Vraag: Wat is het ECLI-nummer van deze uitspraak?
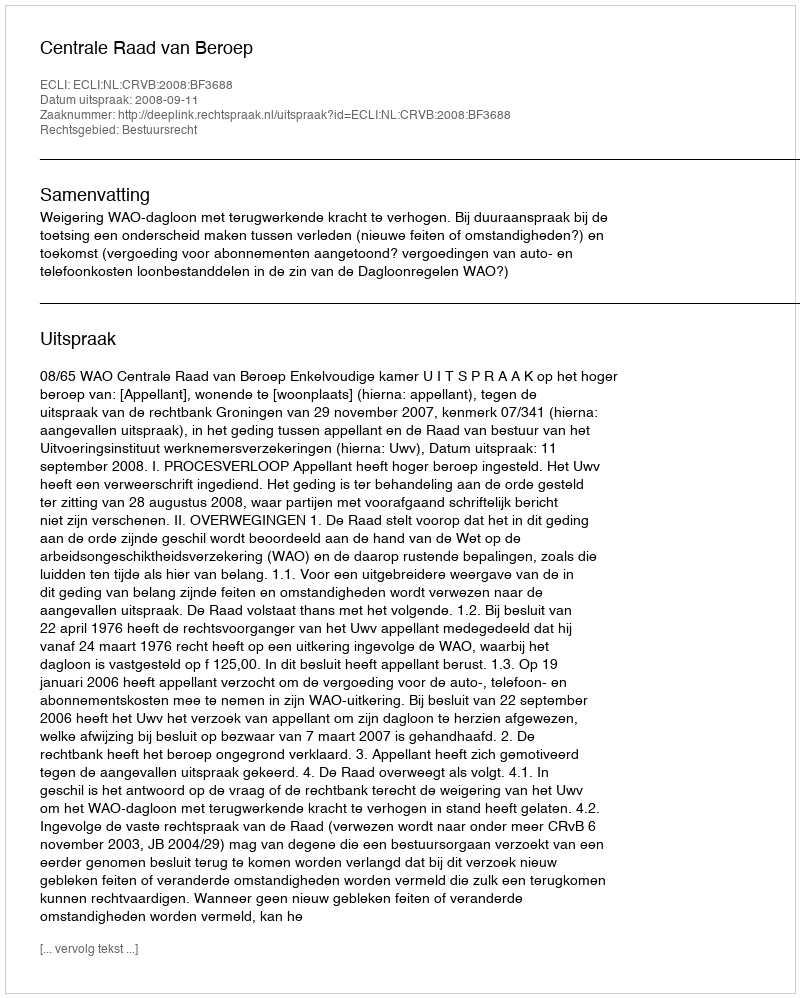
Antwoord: ECLI:NL:CRVB:2008:BF3688